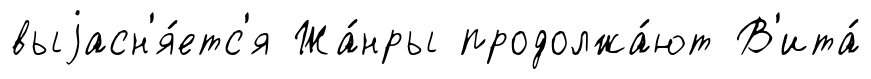
выjасн'я́етс'я Жа́нры продолжа́ют В'ита́